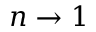
n \rightarrow 1